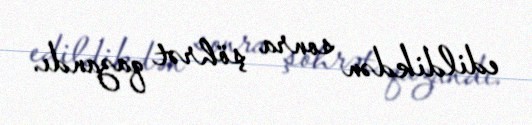
edildikdən sonra şöhrət qazandı.